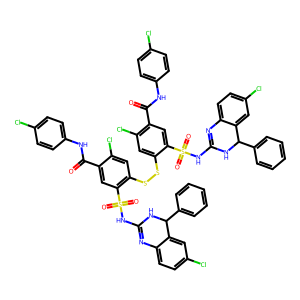
SMILES: O=C(Nc1ccc(Cl)cc1)c1cc(S(=O)(=O)NC2=Nc3ccc(Cl)cc3C(c3ccccc3)N2)c(SSc2cc(Cl)c(C(=O)Nc3ccc(Cl)cc3)cc2S(=O)(=O)NC2=Nc3ccc(Cl)cc3C(c3ccccc3)N2)cc1Cl
Inhibits HIV replication: No